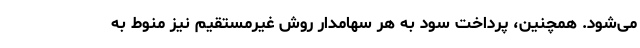
می‌شود. همچنین، پرداخت سود به هر سهامدار روش غیرمستقیم نیز منوط به